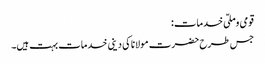
قومی وملّی خدمات:
جس طرح حضرت مولانا کی دینی خدمات بہت ہیں۔